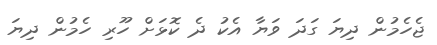
ޖެހެމުން ދިޔަ ގަދަ ވަޔާ އެކު ދެ ކޮޅަށް ހޫރި ހެމުން ދިޔަ